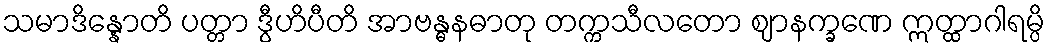
သမာဒိန္နောတိ ပတ္တာ ဒွီဟိပီတိ အာဗန္ဓနဓာတု တက္ကသီလတော ဈာနက္ခဏေ ဣတ္ထာဂါရမ္ပိ